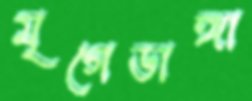
মৃগেডাঙ্গা